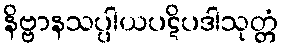
နိဗ္ဗာနသပ္ပါယပဋိပဒါသုတ္တံ